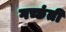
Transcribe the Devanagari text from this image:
गच्छंती